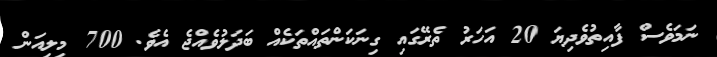
ނަމަވެސް ފާއިތުވެދިޔަ 20 އަހަރު ތެރޭގައި ގިނަކަންތައްތަކެއް ބަދަލުވެއްޖެ އެވެ. 700 މިލިއަން